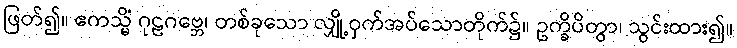
ဖြတ်၍။ ဧကသ္မိံ ဂုဠဂဗ္ဘေ၊ တစ်ခုသော လျှို့ဝှက်အပ်သောတိုက်၌။ ဥက္ခိပိတွာ၊ သွင်းထား၍။